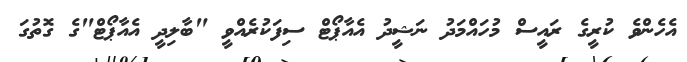
އެހެންވެ ކުރީގެ ރައީސް މުހައްމަދު ނަޝީދު އެއާޕޯޓް ސިފަކުރެއްވީ "ބާލިދީ އެއާޕޯޓް"ގެ ގޮތުގަ